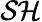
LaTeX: \mathcal{SH}